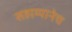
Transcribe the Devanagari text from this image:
सहाय्यानेच